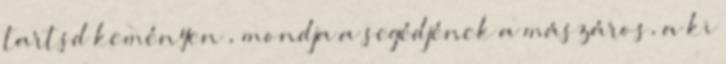
tartsd keményen», mondja a segédjének a mászáros, a ki